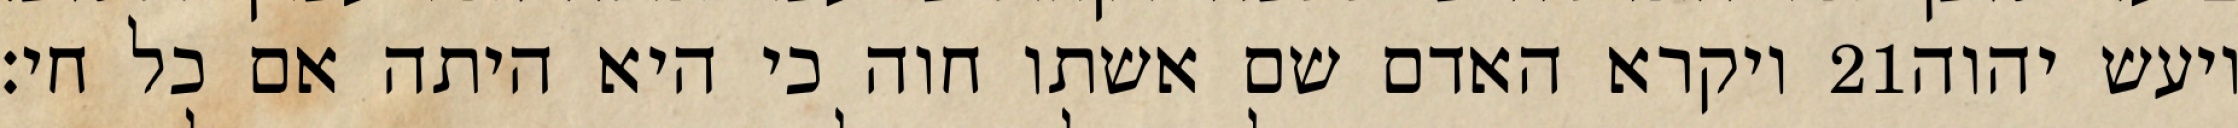
ויקרא האדם שם אשתו חוה כי היא היתה אם כל חי׃ ‎21‏ ויעש יהוה